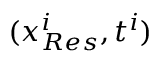
( \boldsymbol { x } _ { R e s } ^ { i } , t ^ { i } )